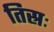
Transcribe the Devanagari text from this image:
तिस्रः